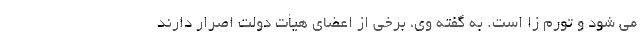
می شود و تورم زا است. به گفته وی، برخی از اعضای هیأت دولت اصرار دارند